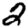
Digit: 2